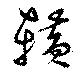
＊